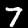
Label: 7